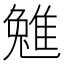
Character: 𨿮